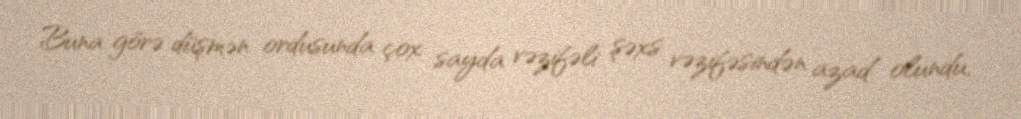
Buna görə düşmən ordusunda çox sayda vəzifəli şəxs vəzifəsindən azad olundu,